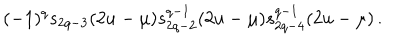
( - 1 ) ^ { q } s _ { 2 q - 3 } ( 2 u - \mu ) s _ { 2 q - 2 } ^ { q - 1 } ( 2 u - \mu ) s _ { 2 q - 4 } ^ { q - 1 } ( 2 u - \mu ) \, .